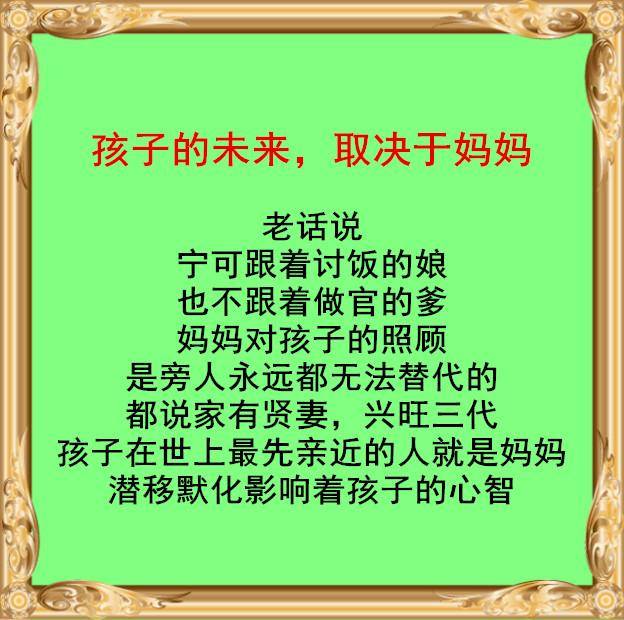
汉月垂乡泪，胡沙费马蹄。